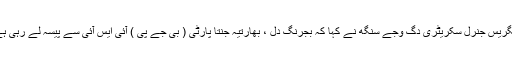
نیوزی ایجنسی اے این آئی کے مطابق کانگریس جنرل سکریٹری دگ وجے سنگھ نے کہا کہ بجرنگ دل ، بھارتیہ جنتا پارٹی ( بی جے پی ) آئی ایس آئی سے پیسہ لے رہی ہے ، اس پر توجہ دینے کی ضرورت ہے ۔